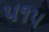
૫૧૫